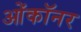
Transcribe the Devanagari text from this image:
ओंकॉनर